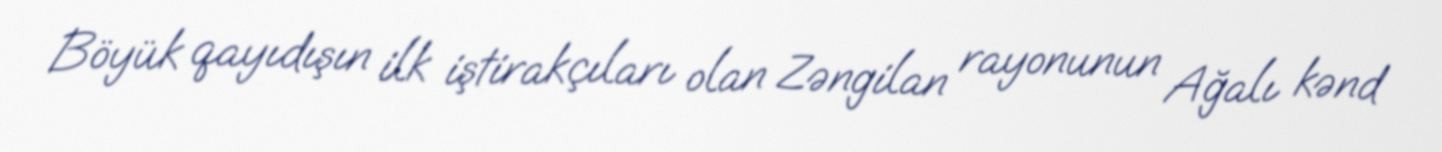
Böyük qayıdışın ilk iştirakçıları olan Zəngilan rayonunun Ağalı kənd